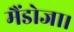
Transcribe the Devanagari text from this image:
मैंडोजा।